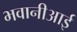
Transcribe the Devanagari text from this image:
भवानीआई